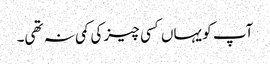
آپ کو یہاں کسی چیز کی کمی نہ تھی۔